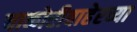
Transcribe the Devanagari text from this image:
चाकोरीबाहेरच्या